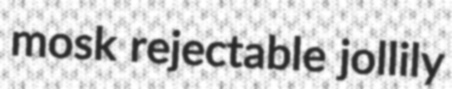
mosk rejectable jollily